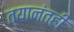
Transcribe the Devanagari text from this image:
त्यानंतही